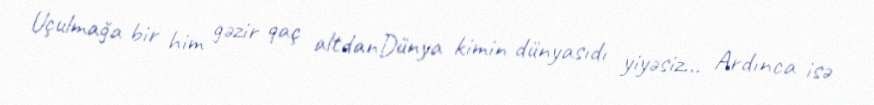
Uçulmağa bir him gəzir qaç altdanDünya kimin dünyasıdı yiyəsiz... Ardınca isə